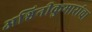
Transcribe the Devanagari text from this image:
अश्विनीकुमारांचा